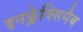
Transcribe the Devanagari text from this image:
इनफ्लेक्सिमैब